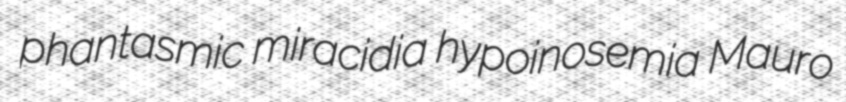
phantasmic miracidia hypoinosemia Mauro